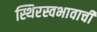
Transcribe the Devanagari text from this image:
स्थिरस्वभावाची